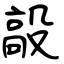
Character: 毃